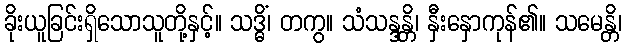
ခိုးယူခြင်းရှိသောသူတို့နှင့်။ သဒ္ဓိံ၊ တကွ။ သံသန္ဒန္တိ၊ နှီးနှောကုန်၏။ သမေန္တိ၊